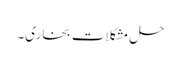
حل مشکلات بخاری۔